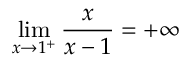
\operatorname* { l i m } _ { x \to 1 ^ { + } } { \frac { x } { x - 1 } } = + \infty